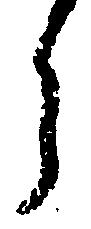
う